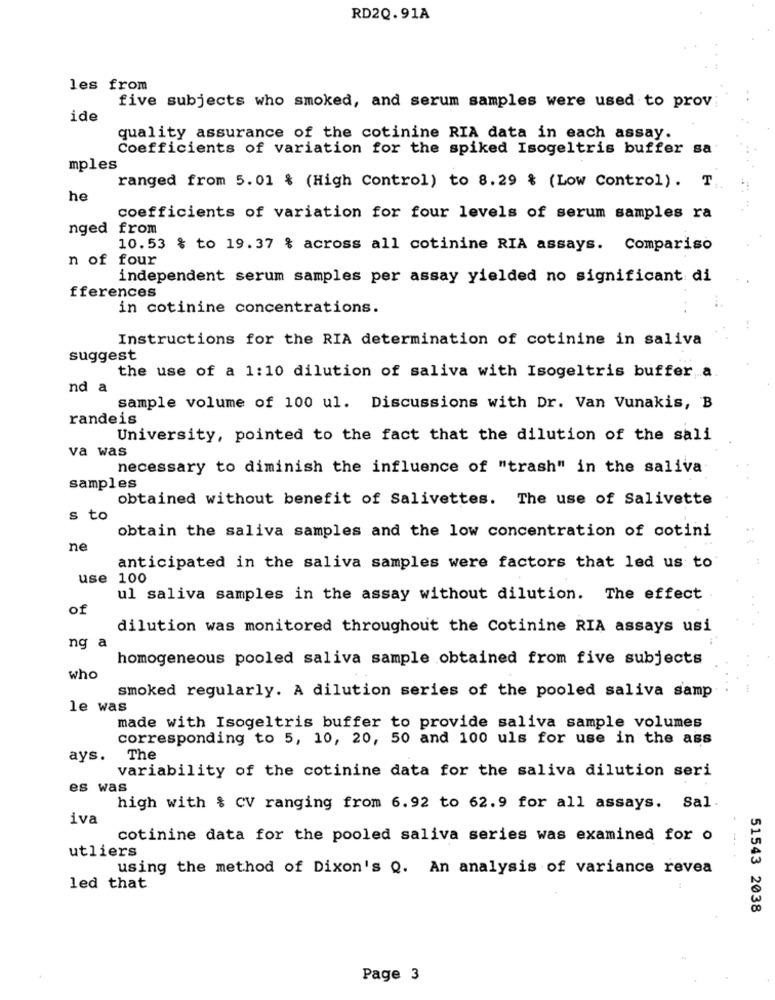
RD2Q.91A
les from
five subjects who smoked, and serum samples were used to prov
ide
quality assurance of the cotinine RIA data in each assay.
Coefficients of variation for the spiked Isogeltris buffer sa
mples
ranged from 5.01 & (High Control) to 8.29 & (Low Control). T.
he
coefficients of variation for four levels of serum samples ra
nged from
10.53 % to 19.37 % across all cotinine RIA assays. Compariso
n of four
independent serum samples per assay yielded no significant di
fferences
in cotinine concentrations.
Instructions for the RIA determination of cotinine in saliva
suggest
the use of a 1:10 dilution of saliva with Isogeltris buffer a.
nd a
sample volume of 100 ul. Discussions with Dr. Van Vunakis, B
randeis
University, pointed to the fact that the dilution of the sali
va was
necessary to diminish the influence of "trash" in the saliva
samples
obtained without benefit of Salivettes. The use of Salivette
s to
obtain the saliva samples and the low concentration of cotini
ne
anticipated in the saliva samples were factors that led us to
use
100
ul saliva samples in the assay without dilution. The effect
of
dilution was monitored throughout the Cotinine RIA assays usi
ng a
homogeneous pooled saliva sample obtained from five subjects
who
smoked regularly. A dilution series of the pooled saliva samp
le was
made with Isogeltris buffer to provide saliva sample volumes
corresponding to 5, 10, 20, 50 and 100 uls for use in the ass
ays.
The
variability of the cotinine data for the saliva dilution seri
es was
high with & CV ranging from 6.92 to 62.9 for all assays. Sal.
iva
cotinine data for the pooled saliva series was examined for o
utliers
using the method of Dixon's Q. An analysis of variance revea
led that
51543 2038
Page 3